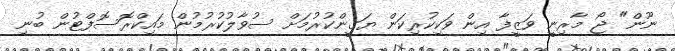
ނޫން" ޖޯ މާރިނީ ވަޒީފާ އިން ވަކިކުރިކަން ޔަގީންކުރުމަށް ސުވާލުކުރުމުން މައިކްރޮސޮފްޓުން ބުނި